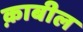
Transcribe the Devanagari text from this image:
क़ाबील